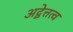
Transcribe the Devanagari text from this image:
अद्वेत्तत्व